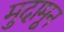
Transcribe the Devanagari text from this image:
मुदामून